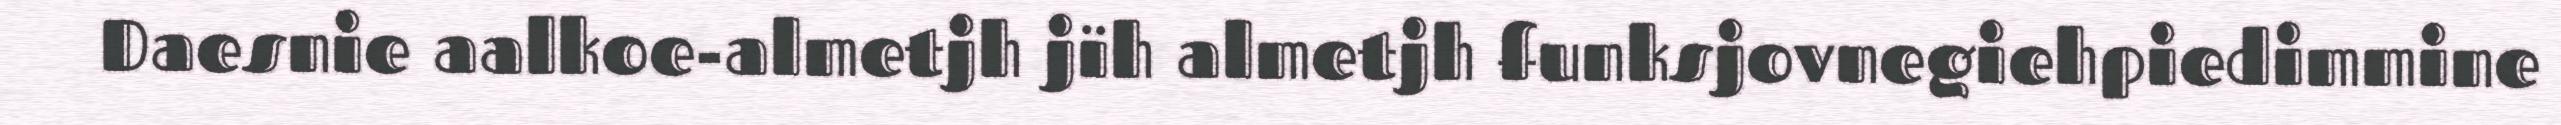
Daesnie aalkoe-almetjh jïh almetjh funksjovnegiehpiedimmine